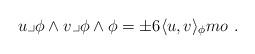
LaTeX: \begin{align*} u\lrcorner\phi\wedge v\lrcorner\phi\wedge\phi = \pm6\langle u,v\rangle_{\phi}mo \ .\end{align*}